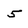
Character: 5